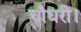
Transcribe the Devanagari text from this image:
चौधरी।